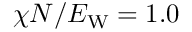
\chi N / E _ { \mathrm { W } } = 1 . 0